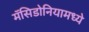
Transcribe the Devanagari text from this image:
मॅसिडोनियामध्ये